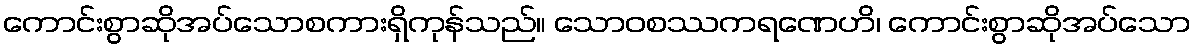
ကောင်းစွာဆိုအပ်သောစကားရှိကုန်သည်။ သောဝစဿကရဏေဟိ၊ ကောင်းစွာဆိုအပ်သော